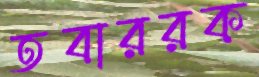
তবাররক